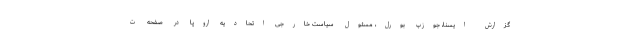
گزارش ایسنا، جوزپ بورل، مسئول سیاست خارجی اتحادیه اروپا در صفحه ت